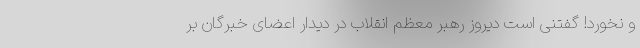
و نخورد! گفتنی است دیروز رهبر معظم انقلاب در دیدار اعضای خبرگان بر